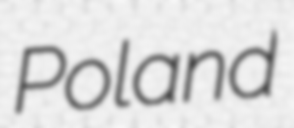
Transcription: Poland